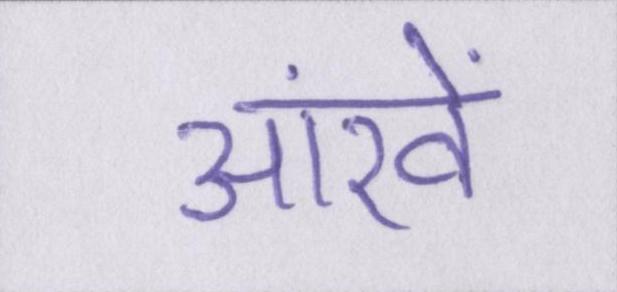
आंखें